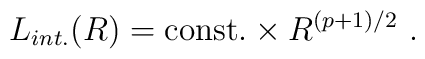
L_{int.}(R)={\rm const.}\times R^{(p+1)/2}\ .